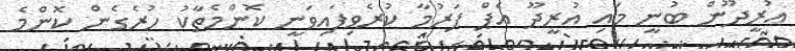
އުރީދޫން ބުނީ މައި އުރީދޫ އެޕް ފަރުމާ ކުރެވިފައިވަނީ ކޮންމެތާކު ހުރެގެން ކޮންމެ